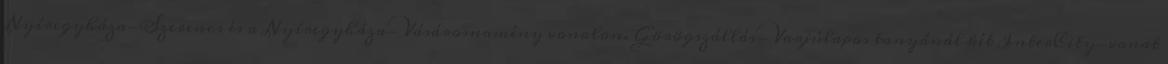
Nyíregyháza-Szerencs és a Nyíregyháza-Vásárosnamény vonalon. Görögszállás-Varjúlapos tanyánál két InterCity-vonat